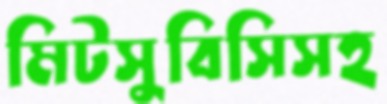
মিটসুবিসিসহ